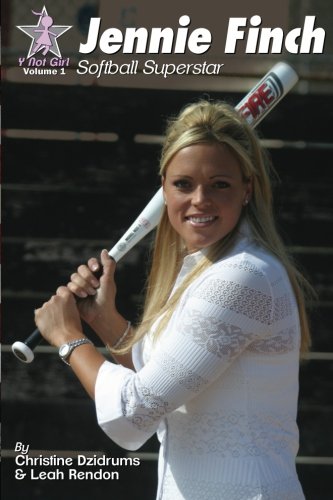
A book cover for Jennie Finch: Softball Superstar (Y Not Girl) (Volume 1); Christine Dzidrums; Children's Books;